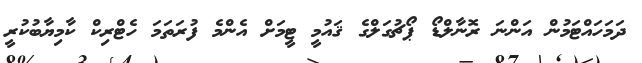
ދަމަހައްޓަމުން އަންނަ ރޮނާލްޑޯ ޕޯޗުގަލްގެ ޤައުމީ ޓީމަށް އެންމެ ފުރަތަމަ ހެޓްރިކް ކާމިޔާބުކުރީ